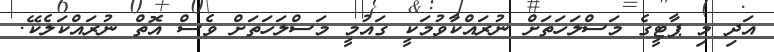
އަދި މި ޕާޓީގެ މަސްލަހަތަށް ނުރައްކާވުމަކީ ގައުމީ މަސްލަހަތަށް ވެސް އޮތް ނުރައްކަލެކޭ.